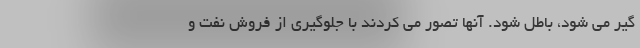
گیر می شود، باطل شود. آنها تصور می کردند با جلوگیری از فروش نفت و